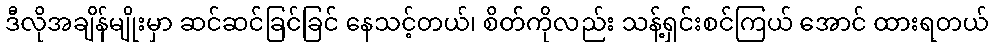
ဒီလိုအချိန်မျိုးမှာ ဆင်ဆင်ခြင်ခြင် နေသင့်တယ်၊ စိတ်ကိုလည်း သန့်ရှင်းစင်ကြယ် အောင် ထားရတယ်